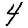
Digit: 4